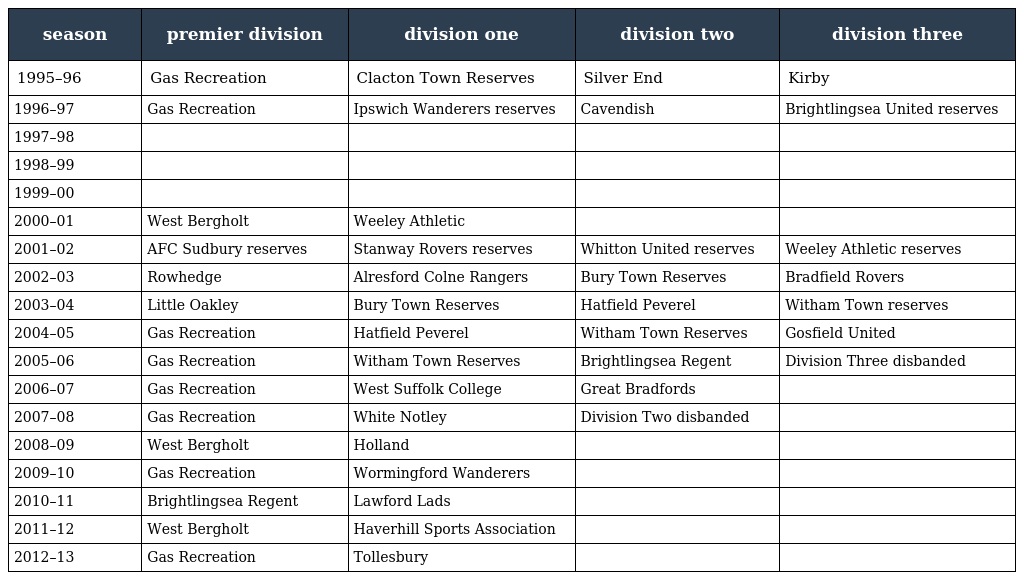
| season | premier division | division one | division two | division three |
 | --- | --- | --- | --- | --- |
 | 1995–96 | Gas Recreation | Clacton Town Reserves | Silver End | Kirby |
 | 1996–97 | Gas Recreation | Ipswich Wanderers reserves | Cavendish | Brightlingsea United reserves |
 | 1997–98 |  |  |  |  |
 | 1998–99 |  |  |  |  |
 | 1999–00 |  |  |  |  |
 | 2000–01 | West Bergholt | Weeley Athletic |  |  |
 | 2001–02 | AFC Sudbury reserves | Stanway Rovers reserves | Whitton United reserves | Weeley Athletic reserves |
 | 2002–03 | Rowhedge | Alresford Colne Rangers | Bury Town Reserves | Bradfield Rovers |
 | 2003–04 | Little Oakley | Bury Town Reserves | Hatfield Peverel | Witham Town reserves |
 | 2004–05 | Gas Recreation | Hatfield Peverel | Witham Town Reserves | Gosfield United |
 | 2005–06 | Gas Recreation | Witham Town Reserves | Brightlingsea Regent | Division Three disbanded |
 | 2006–07 | Gas Recreation | West Suffolk College | Great Bradfords |  |
 | 2007–08 | Gas Recreation | White Notley | Division Two disbanded |  |
 | 2008–09 | West Bergholt | Holland |  |  |
 | 2009–10 | Gas Recreation | Wormingford Wanderers |  |  |
 | 2010–11 | Brightlingsea Regent | Lawford Lads |  |  |
 | 2011–12 | West Bergholt | Haverhill Sports Association |  |  |
 | 2012–13 | Gas Recreation | Tollesbury |  |  |